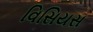
વિસિયસ